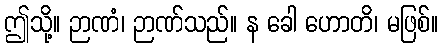
ဤသို့။ ဉာဏံ၊ ဉာဏ်သည်။ န ခေါ ဟောတိ၊ မဖြစ်။